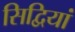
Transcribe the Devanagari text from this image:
सिद्वियां